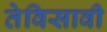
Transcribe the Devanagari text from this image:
तेविसावी